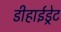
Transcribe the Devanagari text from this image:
डीहाईड्रेट